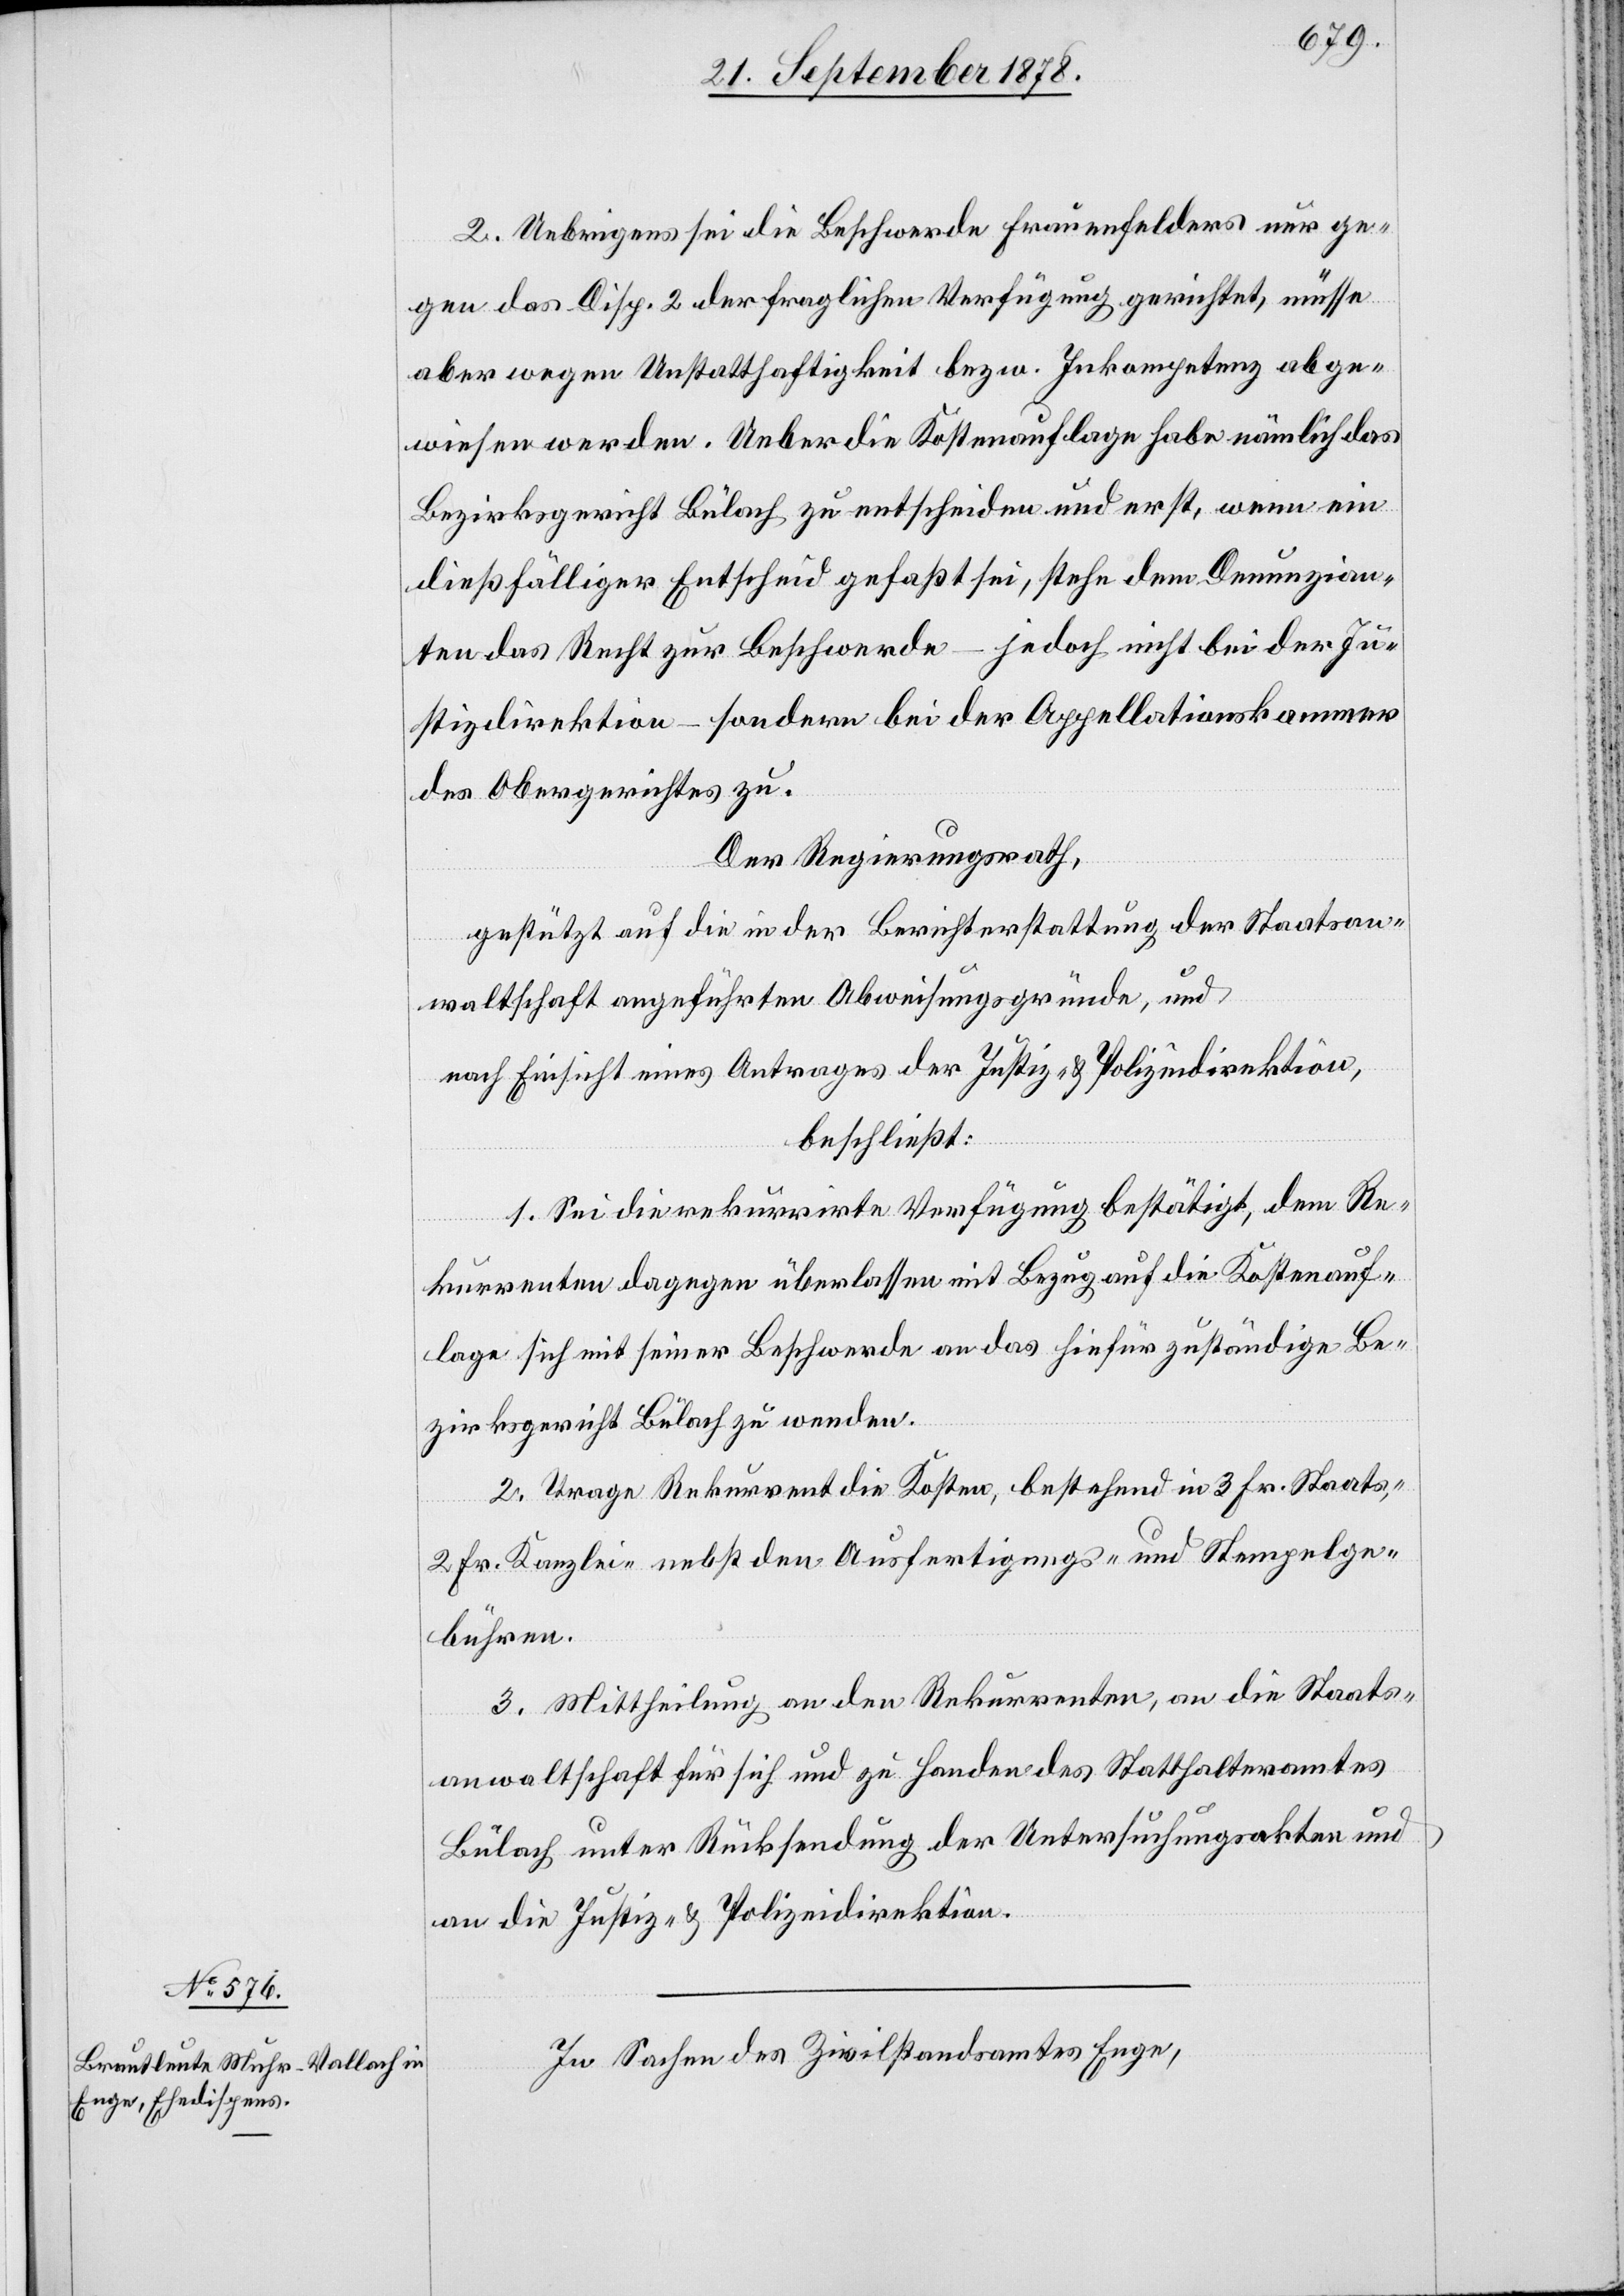
2. Uebrigens sei die Beschwerde Frauenfelders nur ge¬
gen das Disp. 2 der fraglichen Verfügung gerichtet, müsse
aber wegen Unstatthaftigkeit bezw. Inkompetenz abge¬
wiesen werden. Ueber die Kostenauflage habe nämlich das
Bezirksgericht Bülach zu entscheiden und erst, wenn ein
dießfälliger Entscheid gefaßt sei, stehe dem Denunzian¬
ten das Recht zur Beschwerde – jedoch nicht bei der Ju¬
stizdirektion – sondern bei der Appellationskammer
des Obergerichtes zu.
Der Regierungsrath,
gestützt auf die in der Berichterstattung der Staatsan¬
waltschaft angeführten Abweisungsgründe, und
nach Einsicht eines Antrages der Justiz- & Polizeidirektion,
beschließt:
1. Sei die rekurrirte Verfügung bestätigt, dem Re¬
kurrenten dagegen überlassen mit Bezug auf die Kostenauf¬
lage sich mit seiner Beschwerde an das hiefür zuständige Be¬
zirksgericht Bülach zu wenden.
2. Trage Rekurrenten die Kosten, bestehend in 3 Fr. Staats-,
2 Fr. Kanzlei- nebst den Ausfertigungs- und Stempelge¬
bühren.
3. Mittheilung an den Rekurrenten, an die Staats¬
anwaltschaft für sich und zu Handen des Statthalteramtes
Bülach unter Rücksendung der Untersuchungsakten und
an die Justiz- & Polizeidirektion.
In Sachen des Zivilstandsamtes Enge,